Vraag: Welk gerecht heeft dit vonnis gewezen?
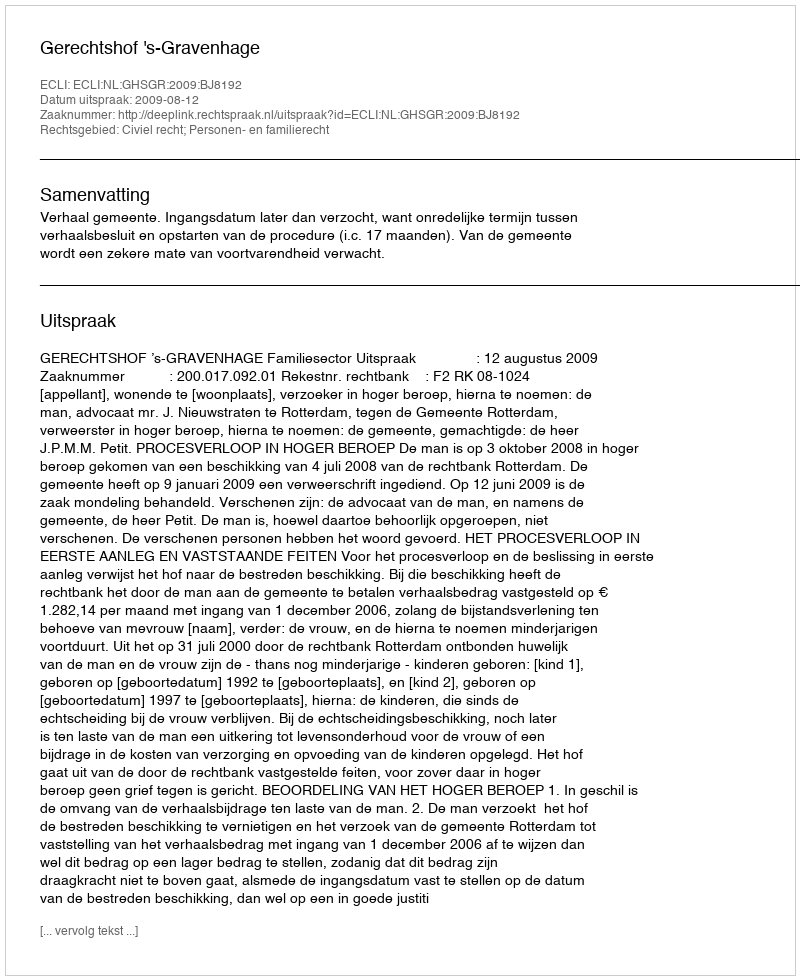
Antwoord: Gerechtshof 's-Gravenhage